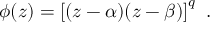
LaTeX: \phi ( z ) = \left[ ( z - \alpha ) ( z - \beta ) \right] ^ { q } \ .